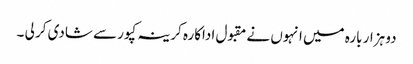
دو ہزار بارہ میں انہوں نے مقبول اداکارہ کرینہ کپور سے شادی کر لی ۔